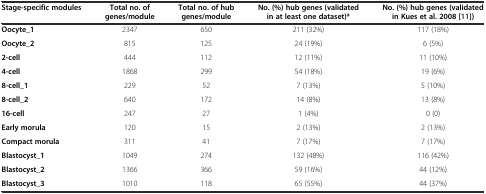
| Stage-specific modules | Total no. of genes/module | Total no. of hub genes/module | No. (%) hub genes (validated in at least one dataset)* | No. (%) hub genes (validated in Kues et al. 2008 [[11]]) |
 | --- | --- | --- | --- | --- |
 | Oocyte_1 | 2347 | 650 | 211 (32%) | 117 (18%) |
 | Oocyte_2 | 815 | 125 | 24 (19%) | 6 (5%) |
 | 2-cell | 444 | 112 | 12 (11%) | 11 (10%) |
 | 4-cell | 1868 | 299 | 54 (18%) | 19 (6%) |
 | 8-cell_1 | 229 | 52 | 7 (13%) | 5 (10%) |
 | 8-cell_2 | 640 | 172 | 14 (8%) | 13 (8%) |
 | 16-cell | 247 | 27 | 1 (4%) | 0 (0) |
 | Early morula | 120 | 15 | 2 (13%) | 2 (13%) |
 | Compact morula | 311 | 41 | 7 (17%) | 7 (17%) |
 | Blastocyst_1 | 1049 | 274 | 132 (48%) | 116 (42%) |
 | Blastocyst_2 | 1366 | 366 | 59 (16%) | 44 (12%) |
 | Blastocyst_3 | 1010 | 118 | 65 (55%) | 44 (37%) |